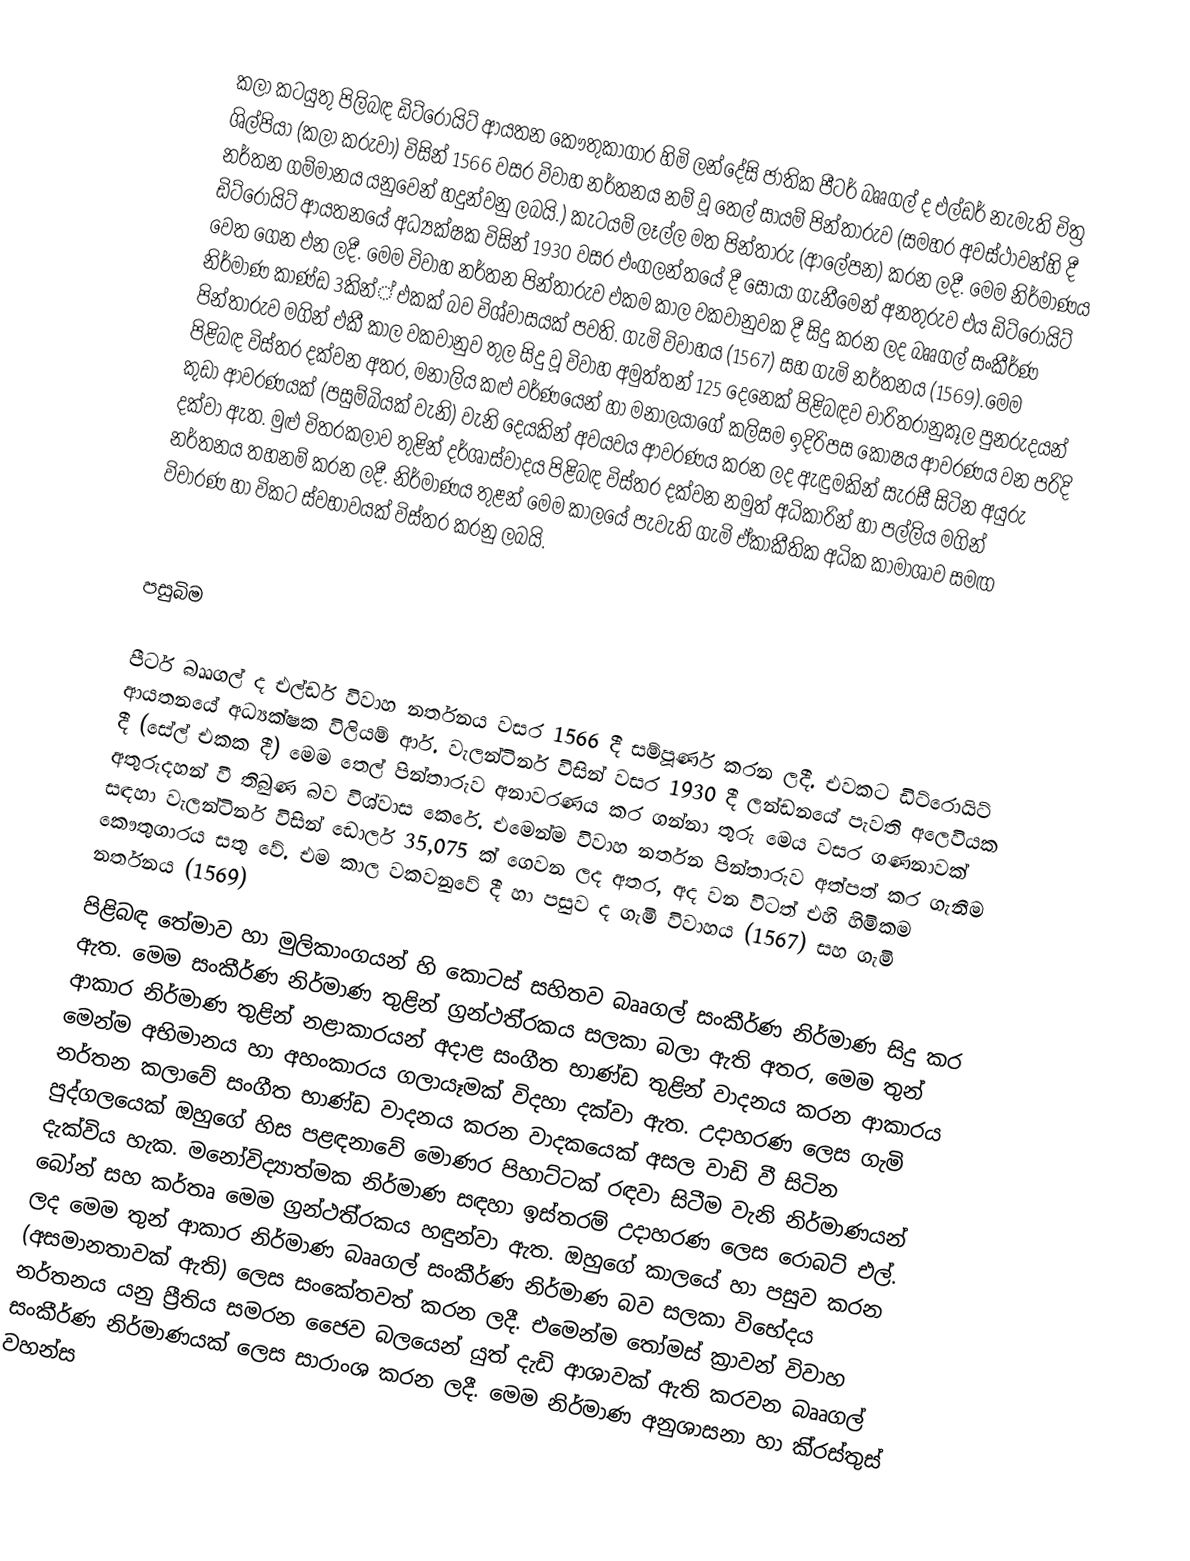
කලා කටයුතු පිලිබඳ ඩිට්රොයිට් ආයතන කෞතුකාගාර හිමි ලන්දේසි ජාතික පීටර් බෲගල් ද එල්ඩර් නැමැති චිත්‍ර ශිල්පියා (කලා කරුවා) විසින් 1566 වසර විවාහ නර්තනය නම් වූ තෙල් සායම් පින්තාරුව (සමහර අවස්ථාවන්හි දී නර්තන ගම්මානය යනුවෙන් හදුන්වනු ලබයි.) කැටයම් ලෑල්ල මත පින්තාරු (ආලේපන) කරන ලදී. මෙම නිර්මාණය ඩිට්රොයිට් ආයතනයේ අධ්‍යක්ෂක විසින් 1930 වසර එංගලන්තයේ දී සොයා ගැනීමෙන් අනතුරුව එය ඩිට්රොයිට් වෙත ගෙන එන ලදී. මෙම විවාහ නර්තන පින්තාරුව එකම කාල වකවානුවක දී සිදු කරන ලද බෲගල් සංකීර්ණ නිර්මාණ කාණ්ඩ 3කින්් එකක් බව විශ්වාසයක් පවති. ගැමි විවාහය (1567) සහ ගැමි නර්තනය (1569).මෙම පින්තාරුව මගින් එකී කාල වකවානුව තුල සිදු වූ විවාහ අමුත්තන් 125 දෙනෙක් පිළිබඳව චාරිත‍්‍රානුකූල පුනරුදයන් පිළිබඳ විස්තර දක්වන අතර, මනාලිය කළු වර්ණයෙන් හා මනාලයාගේ කලිසම ඉදිරිපස කෝෂය ආවරණය වන පරිදි කුඩා ආවරණයක් (පසුම්බියක් වැනි) වැනි දෙයකින් අවයවය ආවරණය කරන ලද ඇඳුමකින් සැරසී සිටින අයුරු දක්වා ඇත. මුළු චිත‍්‍රකලාව තුළින් දර්ශාස්වාදය පිළිබඳ විස්තර දක්වන නමුත් අධිකාරින් හා පල්ලිය මගින් නර්තනය තහනම් කරන ලදී. නිර්මාණය තුළන් මෙම කාලයේ පැවැති ගැමි ඒකාකීතික අධික කාමාශාව සමඟ විචාරණ හා විකට ස්වභාවයක් විස්තර කරනු ලබයි.

පසුබිම

පීටර් බෲගල් ද එල්ඩර් විවාහ නර්තනය වසර 1566 දී සම්පූර්ණ කරන ලදී. එවකට ඩිට්රොයිට් ආයතනයේ අධ්‍යක්ෂක විලියම් ආර්. වැලන්ටිනර් විසින් වසර 1930 දී ලන්ඩනයේ පැවති අලෙවියක දී (සේල් එකක දී) මෙම තෙල් පින්තාරුව අනාවරණය කර ගන්නා තුරු මෙය වසර ගණනාවක් අතුරුදහන් වී තිබුණ බව විශ්වාස කෙරේ. එමෙන්ම විවාහ නර්තන පින්තාරුව අත්පත් කර ගැනීම සඳහා වැලන්ටිනර් විසින් ඩොලර් 35,075 ක් ගෙවන ලද අතර, අද වන විටත් එහි හිමිකම කෞතුගාරය සතු වේ. එම කාල වකවනුවේ දී හා පසුව ද ගැමි විවාහය (1567) සහ ගැමි නර්තනය (1569)
පිළිබඳ තේමාව හා මුලිකාංගයන් හි කොටස් සහිතව බෲගල් සංකීර්ණ නිර්මාණ සිදු කර ඇත. මෙම සංකීර්ණ නිර්මාණ තුළින් ග‍්‍රන්ථති‍්‍රකය සලකා බලා ඇති අතර, මෙම තුන් ආකාර නිර්මාණ තුළින් නළාකාරයන් අදාළ සංගීත භාණ්ඩ තුළින් වාදනය කරන ආකාරය මෙන්ම අභිමානය හා අහංකාරය ගලායෑමක් විදහා දක්වා ඇත. උදාහරණ ලෙස ගැමි නර්තන කලාවේ සංගීත භාණ්ඩ වාදනය කරන වාදකයෙක් අසල වාඩි වී සිටින පුද්ගලයෙක් ඔහුගේ හිස පළඳනාවේ මොණර පිහාට්ටක් රඳවා සිටීම වැනි නිර්මාණයන් දැක්විය හැක. මනෝවිද්‍යාත්මක නිර්මාණ සඳහා ඉස්තරම් උදාහරණ ලෙස රොබට් එල්. බෝන් සහ කර්තෘ මෙම ග‍්‍රන්ථති‍්‍රකය හඳුන්වා ඇත. ඔහුගේ කාලයේ හා පසුව කරන ලද මෙම තුන් ආකාර නිර්මාණ බෲගල් සංකීර්ණ නිර්මාණ බව සලකා විභේදය (අසමානතාවක් ඇති) ලෙස සංකේතවත් කරන ලදී. එමෙන්ම තෝමස් ක‍්‍රාවන් විවාහ නර්තනය යනු ප්‍රීතිය සමරන ජෛව බලයෙන් යුත් දැඩි ආශාවක් ඇති කරවන බෲගල් සංකීර්ණ නිර්මාණයක් ලෙස සාරාංශ කරන ලදී. මෙම නිර්මාණ අනුශාසනා හා කි‍්‍රස්තුස් වහන්ස